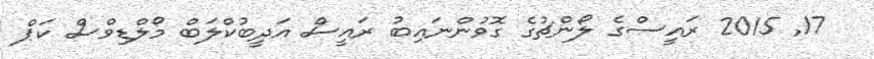
17